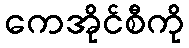
ကေအိုင်စီကို